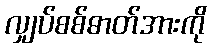
လျှပ်စစ်ဓာတ်အားကို